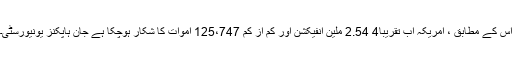
اس کے مطابق ، امریکہ اب تقریبا4 2.54 ملین انفیکشن اور کم از کم 125،747 اموات کا شکار ہوچکا ہے جان ہاپکنز یونیورسٹی۔